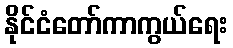
နိုင်ငံတော်ကာကွယ်ရေး